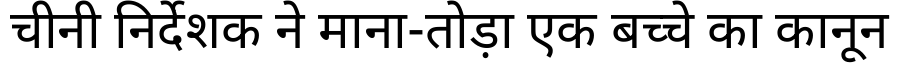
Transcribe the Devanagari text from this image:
चीनी निर्देशक ने माना-तोड़ा एक बच्चे का कानून